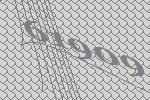
61909